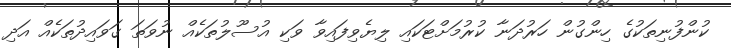
ކުންފުނިތަކުގެ ހިންގުން ހަރުދަނާ ކުރުމަށްޓަކައި ލިޔެވިފައިވާ ވަކި އުސޫލުތަކެއް ނުވަތަ ގަވައިދުތަކެއް އަދި